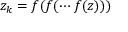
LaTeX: z _ { k } = f ( f ( \cdots f ( z ) ) )